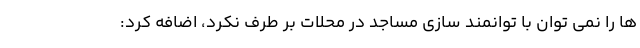
ها را نمی توان با توانمند سازی مساجد در محلات بر طرف نکرد، اضافه کرد: